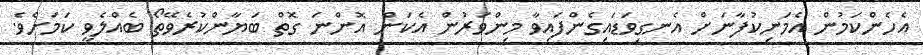
އެހެންކަމުން އެމަނިކުފާނަށް އެނގިވަޑައިގެންފައިވާ މިންވަރުން އެކަން އޮންނަ ގޮތް ބަޔާންކުރެވޭތޯ ބެއްލެވީ ކަމަށެވެ.